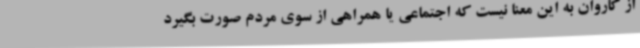
از کاروان به این معنا نیست که اجتماعی یا همراهی از سوی مردم صورت بگیرد